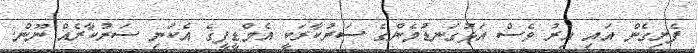
ފެށިގެން އައި އިރު ވެސް އަޅުގަނޑުމެންގެ ސަރުކާރަކީ އެމްޑީޕީގެ އެކަނި ސަރުކާރެއް ނޫން.